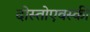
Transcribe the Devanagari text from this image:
दोस्तोएवस्की